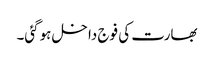
بھارت کی فوج داخل ہوگئی۔